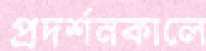
প্রদর্শনকালে